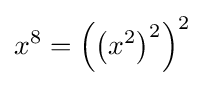
x^{8}=\left(\left(x^{2}\right)^{2}\right)^{2}